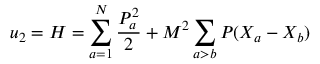
u _ { 2 } = { \cal H } = \sum _ { a = 1 } ^ { N } \frac { P _ { a } ^ { 2 } } { 2 } + M ^ { 2 } \sum _ { a > b } { \cal P } ( X _ { a } - X _ { b } )